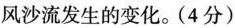
风沙流发生的变化。(4分)